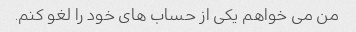
من می خواهم یکی از حساب های خود را لغو کنم.